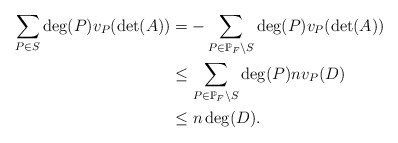
\begin{align*} \sum_{P \in S}\deg(P)v_P(\det(A)) &= - \sum_{P \in \mathbb{P}_F\setminus S} \deg(P)v_P(\det(A))\\ &\leq \sum_{P \in \mathbb{P}_F\setminus S} \deg(P) n v_P(D)\\ &\leq n\deg(D). \end{align*}